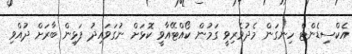
އެކްސިޑެންޓް ހިނގަން މެދުވެރިވީ ގަމުން ކޯއްޓޭއާވީ ކޮޅަށް ނުގަވައިދު ފަޅިން ބާރަށް ދުއްވި